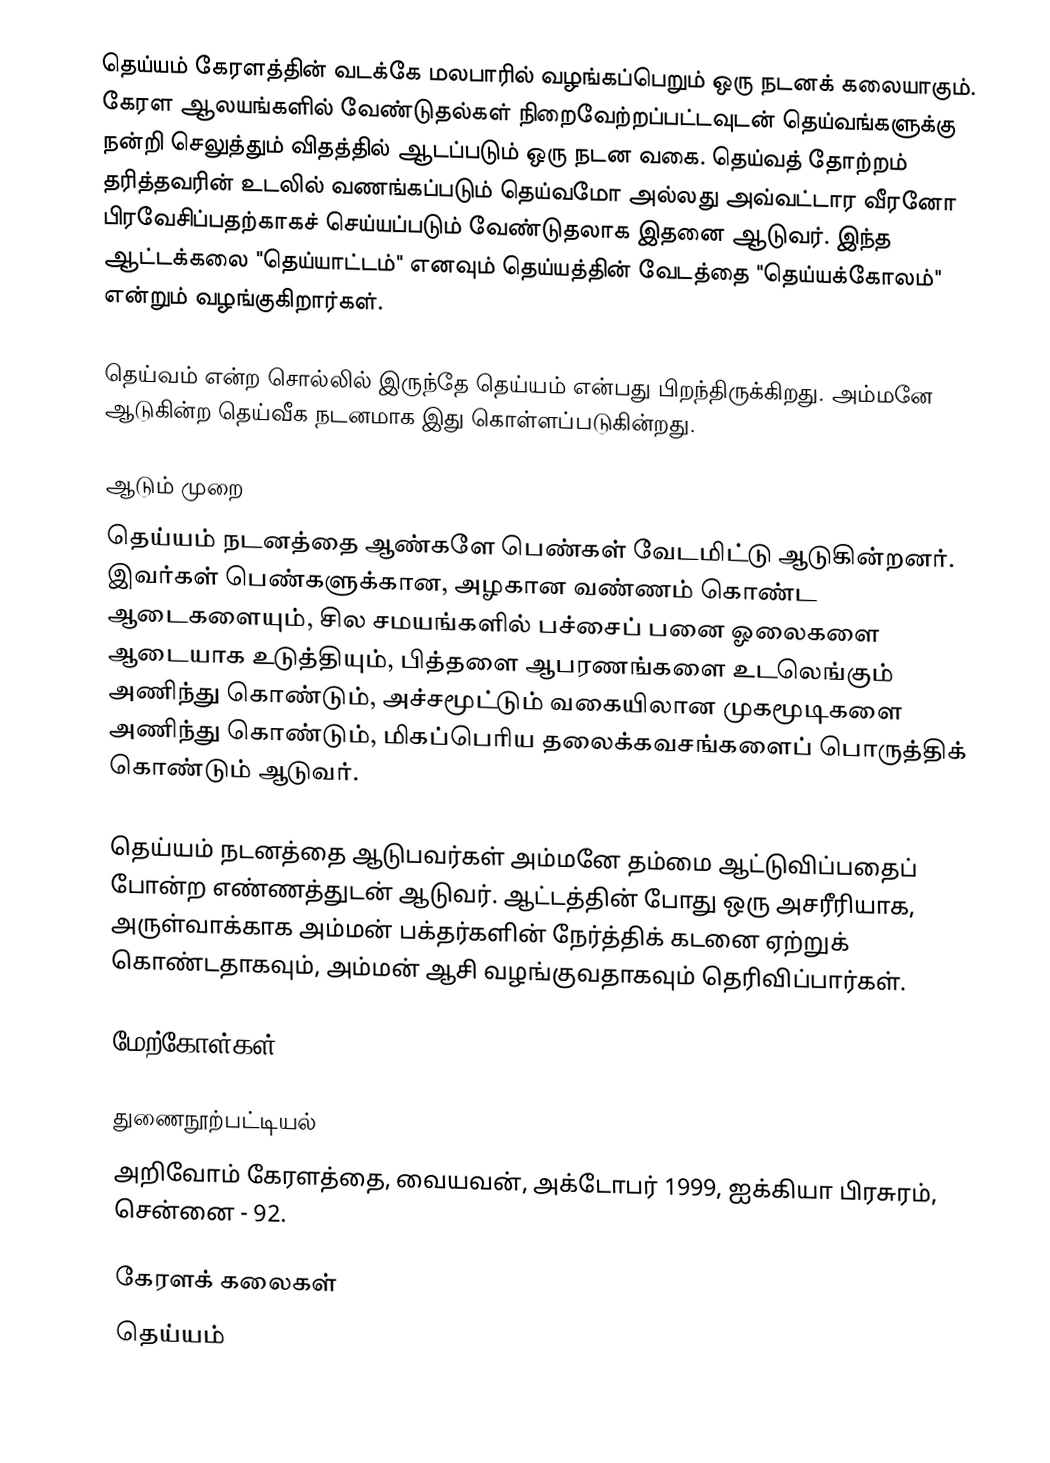
தெய்யம் கேரளத்தின் வடக்கே மலபாரில் வழங்கப்பெறும் ஒரு நடனக் கலையாகும். கேரள ஆலயங்களில் வேண்டுதல்கள் நிறைவேற்றப்பட்டவுடன் தெய்வங்களுக்கு நன்றி செலுத்தும் விதத்தில் ஆடப்படும் ஒரு நடன வகை. தெய்வத் தோற்றம் தரித்தவரின் உடலில் வணங்கப்படும் தெய்வமோ அல்லது அவ்வட்டார வீரனோ பிரவேசிப்பதற்காகச் செய்யப்படும் வேண்டுதலாக இதனை ஆடுவர். இந்த ஆட்டக்கலை "தெய்யாட்டம்" எனவும் தெய்யத்தின் வேடத்தை "தெய்யக்கோலம்" என்றும் வழங்குகிறார்கள்.

தெய்வம் என்ற சொல்லில் இருந்தே தெய்யம் என்பது பிறந்திருக்கிறது. அம்மனே ஆடுகின்ற தெய்வீக நடனமாக இது கொள்ளப்படுகின்றது.

ஆடும் முறை
தெய்யம் நடனத்தை ஆண்களே பெண்கள் வேடமிட்டு ஆடுகின்றனர். இவர்கள் பெண்களுக்கான, அழகான வண்ணம் கொண்ட ஆடைகளையும், சில சமயங்களில் பச்சைப் பனை ஓலைகளை ஆடையாக உடுத்தியும், பித்தளை ஆபரணங்களை உடலெங்கும் அணிந்து கொண்டும், அச்சமூட்டும் வகையிலான முகமூடிகளை அணிந்து கொண்டும், மிகப்பெரிய தலைக்கவசங்களைப் பொருத்திக் கொண்டும் ஆடுவர்.

தெய்யம் நடனத்தை ஆடுபவர்கள் அம்மனே தம்மை ஆட்டுவிப்பதைப் போன்ற எண்ணத்துடன் ஆடுவர். ஆட்டத்தின் போது ஒரு அசரீரியாக, அருள்வாக்காக அம்மன் பக்தர்களின் நேர்த்திக் கடனை ஏற்றுக் கொண்டதாகவும், அம்மன் ஆசி வழங்குவதாகவும் தெரிவிப்பார்கள்.

மேற்கோள்கள்

துணைநூற்பட்டியல்
 அறிவோம் கேரளத்தை, வையவன், அக்டோபர் 1999, ஐக்கியா பிரசுரம், சென்னை - 92.

கேரளக் கலைகள்
தெய்யம்